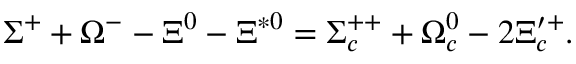
\Sigma ^ { + } + \Omega ^ { - } - \Xi ^ { 0 } - \Xi ^ { * 0 } = \Sigma _ { c } ^ { + + } + \Omega _ { c } ^ { 0 } - 2 \Xi _ { c } ^ { \prime + } .